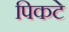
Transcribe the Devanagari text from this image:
पिकटे